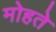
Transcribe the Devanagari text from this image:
मोहते